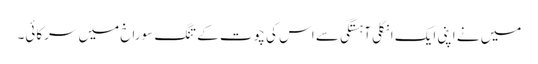
میں نے اپنی ایک انگلی آہستگی سے اس کی چوت کے تنگ سوراخ میں سرکائی۔